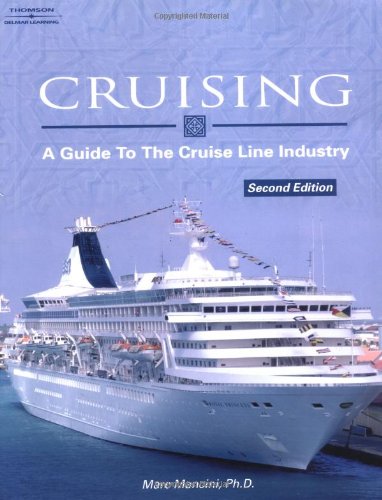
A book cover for Cruising: A Guide to the Cruise Line Industry; Marc Mancini; Travel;